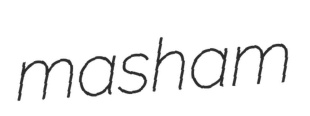
masham